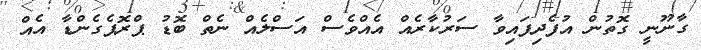
ގާނޫނީ ގޮތުން އުފެދިފައިވާ ސަރުކާރެއް އެއްވެސް އަސްލެއް ނެތް ބޮޑު ޕްރޮޕެގެންޑާ އެއް